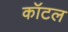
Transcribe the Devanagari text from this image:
कॉटल